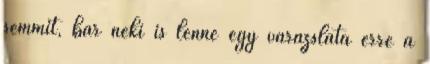
semmit, bár neki is lenne egy varázslata erre a